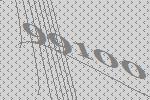
99100